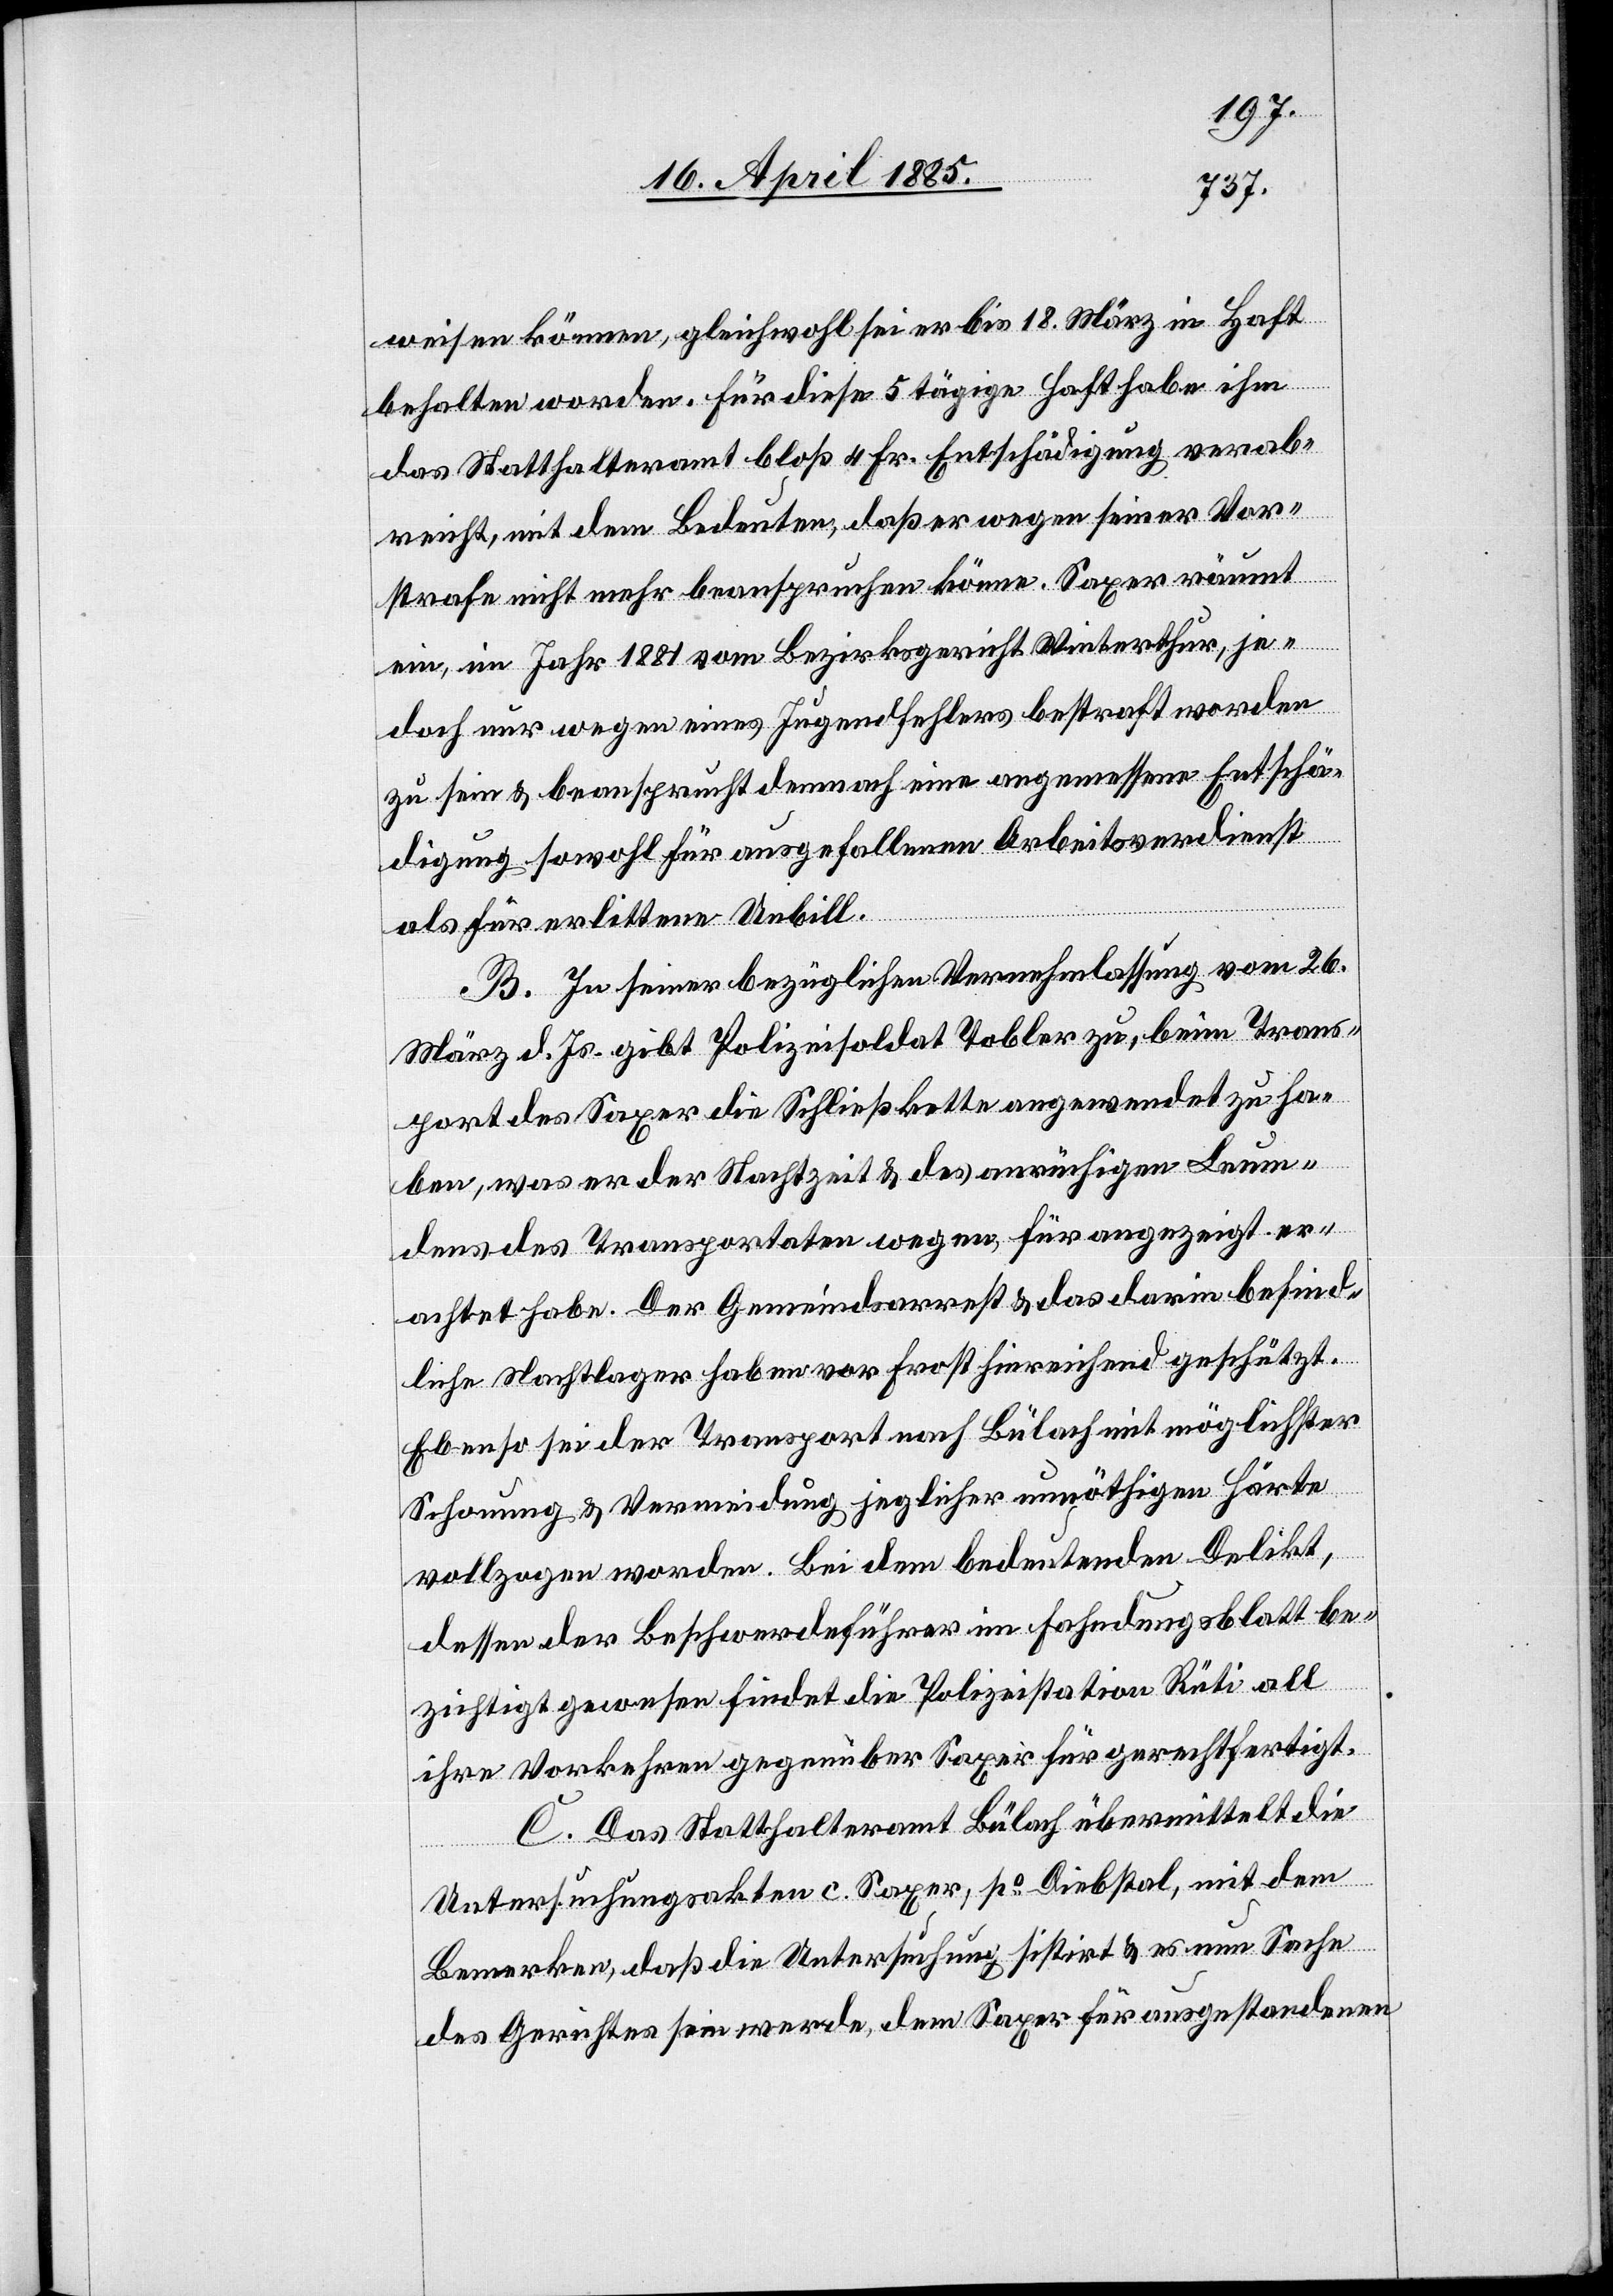
weisen können, gleichwohl sei er bis 18. März in Haft
behalten worden. Für diese 5tägige Haft habe ihm
das Statthalteramt bloß 4 Fr. Entschädigung verab¬
reicht, mit dem Bedeuten, daß er wegen seiner Vor¬
strafe nicht mehr beanspruchen könne. Saxer räumt
ein, im Jahr 1881 vom Bezirksgericht Winterthur je¬
doch nur wegen eines Jugendfehlers bestraft worden
zu sein & beansprucht demnach eine angemessene Entschä¬
digung sowohl für ausgefallenen Arbeitsverdienst
als für erlittene Unbill.
B. In seiner bezüglichen Vernehmlassung vom 26.
März d. Js. gibt Polizeisoldat Tobler zu, beim Trans¬
port des Saxer die Schließkette angewendet zu ha¬
ben, was er der Nachtzeit & des anrüchigen Leumun¬
des des Transportaten wegen, für angezeigt er¬
achtet habe. Der Gemeindsarrest & das darin befind¬
liche Nachtlager haben vor Frost hinreichend geschützt.
Ebenso sei der Transport nach Bülach mit möglichster
Schonung & Vermeidung jeglicher unnöthigen Härte
vollzogen worden. Bei dem bedeutenden Delikt,
dessen der Beschwerdeführer im Fahndungsblatt be¬
zichtigt gewesen findet die Polizeistation Rüti all
ihre Vorkehren gegenüber Saxer für gerechtfertigt.
C. Das Statthalteramt Bülach übermittelt die
Untersuchungskaten c. Saxer, po Diebstal, mit dem
Bemerken, daß die Untersuchung sistirt & es nun Sache
des Gerichtes sein werde, dem Saxer für ausgestandenen